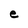
Character: e